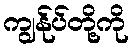
ကျွန်ုပ်တို့ကို